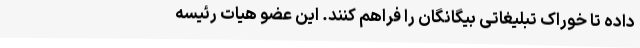
داده تا خوراک تبلیغاتی بیگانگان را فراهم کنند. این عضو هیات رئیسه